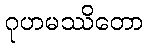
ဂုဟမဿိတော